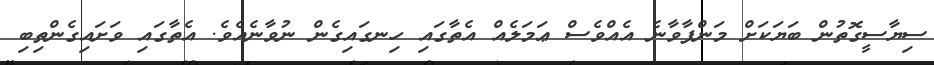
ސިޔާސީގޮތުން ބަޔަކަށް މަންފާވާނެ އެއްވެސް ޢަމަލެއް އެތާގައި ހިނގައިގެން ނުވާނެއެވެ. އެތާގައި ވަށައިގެންތިބި